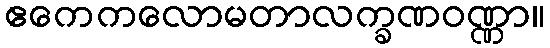
ဧကေကလောမတာလက္ခဏဝဏ္ဏာ။